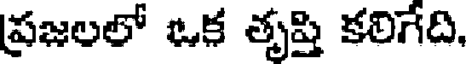
ప్రజలలో ఒక తృప్తి కలిగేది,